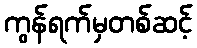
ကွန်ရက်မှတစ်ဆင့်